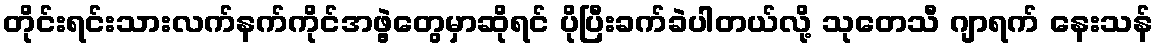
တိုင်းရင်းသားလက်နက်ကိုင်အဖွဲ့တွေမှာဆိုရင် ပိုပြီးခက်ခဲပါတယ်လို့ သုတေသီ ဂျာရက် နေးသန်